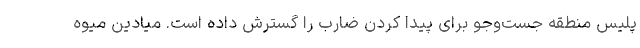
پلیس منطقه جست‌وجو برای پیدا کردن ضارب را گسترش داده است. میادین میوه